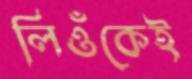
লিওঁকেই